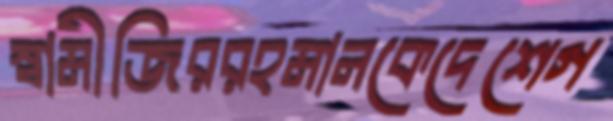
স্বামীজিররহমানকেদেশেগ